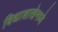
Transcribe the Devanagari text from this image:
विद्याशाखेमध्ये